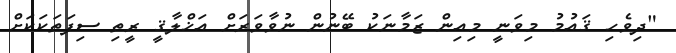
"ދިވެހި ޤައުމު މިވަނީ މިއިން ޒަމާނަކު ބޭނުން ނުވާވަރަށް އަޚްލާޤީ ރީތި ސިފަތަކަކަށް